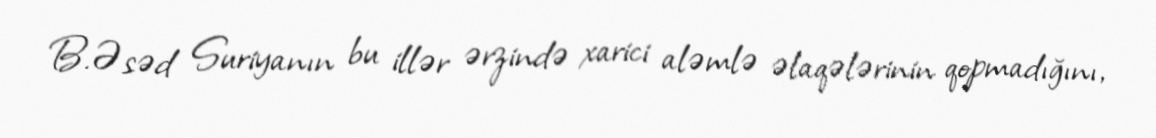
B.Əsəd Suriyanın bu illər ərzində xarici aləmlə əlaqələrinin qopmadığını,